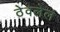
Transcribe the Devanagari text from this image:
ठेवलेलं